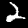
Digit: 2